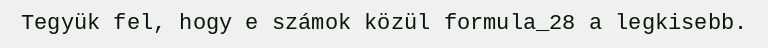
Tegyük fel, hogy e számok közül formula_28 a legkisebb.